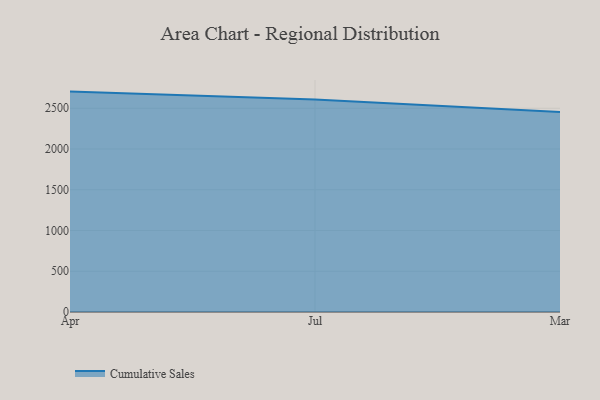
{"axis": {"x": "Month", "y": "Active Users"}, "legend": ["Cumulative Sales"], "data": [{"x": "Apr", "y": 2704.1, "type": "Cumulative Sales"}, {"x": "Jul", "y": 2606.0, "type": "Cumulative Sales"}, {"x": "Mar", "y": 2452.3, "type": "Cumulative Sales"}]}